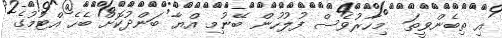
އި ތިބެންވީތަ  މިހާރުވެސް ފުލުހުން ބޭނުމި އްޔާ ބަންދުކޮށް ބެހެ އްޓުމުގެ